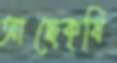
আছেকৃষি